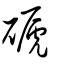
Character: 磃